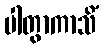
ပါတွာကာသိံ